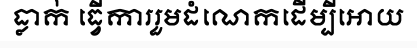
ធ្លាក់ ធ្វើការរួមដំណេកដើម្បីអោយ